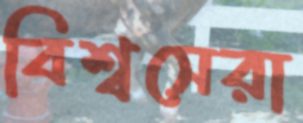
বিশ্বসেরা